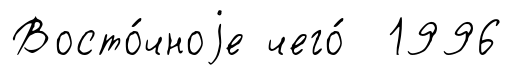
Восто́чноjе чего́ 1996